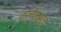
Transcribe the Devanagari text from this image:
क्लेमसन